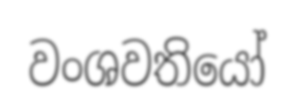
වංශවතියෝ